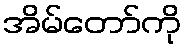
အိမ်တော်ကို